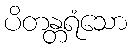
ပိတန္တရံသော